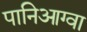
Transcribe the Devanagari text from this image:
पानिआग्वा